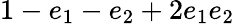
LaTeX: \displaystyle 1-e_{1}-e_{2}+2e_{1}e_{2}